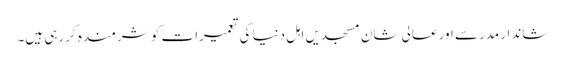
شاندار مدرسے اور عالی شان مسجدیں اہل دنیا کی تعمیرات کو شرمندہ کررہی ہیں۔